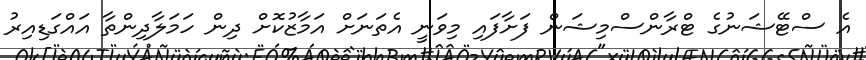
އެ ސްޓޭޝަނުގެ ޓްރާންސްމިޝަން ފަށާފައި މިވަނީ އެތަނަށް އަމާޒުކޮށް ދިން ހަމަލާދިންތާ އައްގަޑިއިރު